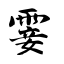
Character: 霎